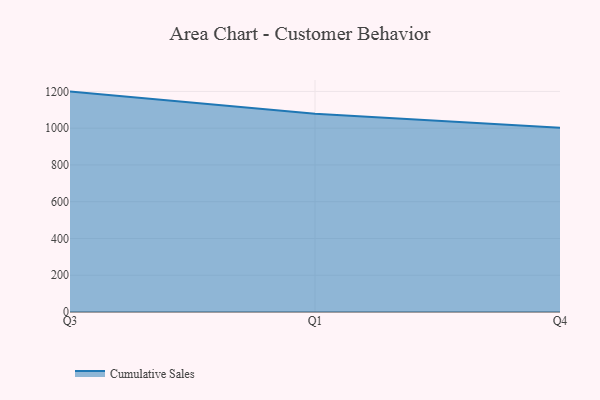
{"axis": {"x": "Quarter", "y": "Humidity (%)"}, "legend": ["Cumulative Sales"], "data": [{"x": "Q3", "y": 1199.0, "type": "Cumulative Sales"}, {"x": "Q1", "y": 1079.1, "type": "Cumulative Sales"}, {"x": "Q4", "y": 1002.0, "type": "Cumulative Sales"}]}